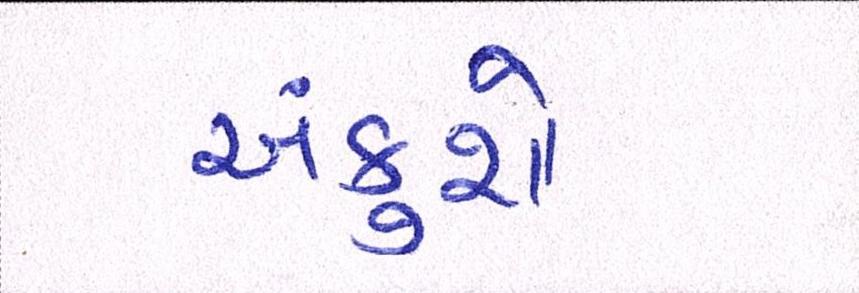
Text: અંકુશો